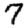
Digit: 7